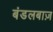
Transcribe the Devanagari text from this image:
बंडलबाज़